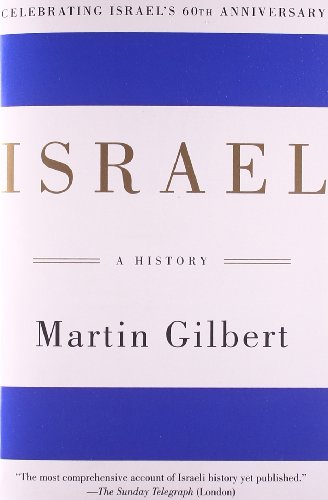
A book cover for Israel: A History; Martin Gilbert; History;